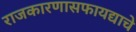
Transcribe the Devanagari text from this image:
राजकारणासफायद्याचे